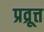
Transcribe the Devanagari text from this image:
प्रव्रूत्त